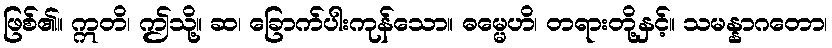
ဖြစ်၏။ ဣတိ၊ ဤသို့။ ဆ၊ ခြောက်ပါးကုန်သော။ ဓမ္မေဟိ၊ တရားတို့နှင့်။ သမန္နာဂတော၊